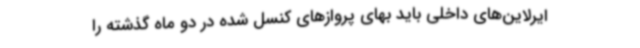
ایرلاین‌های داخلی باید بهای پروازهای کنسل شده در دو ماه گذشته را